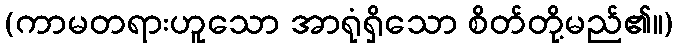
(ကာမတရားဟူသော အာရုံရှိသော စိတ်တို့မည်၏။)